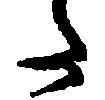
た